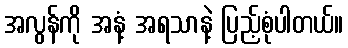
အလွန်ကို အနံ့ အရသာနဲ့ ပြည့်စုံပါတယ်။